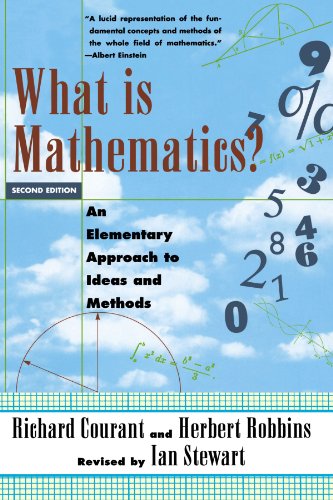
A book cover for What Is Mathematics? An Elementary Approach to Ideas and Methods; Richard Courant; Science & Math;